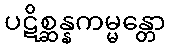
ပဋိစ္ဆန္နကမ္မန္တော